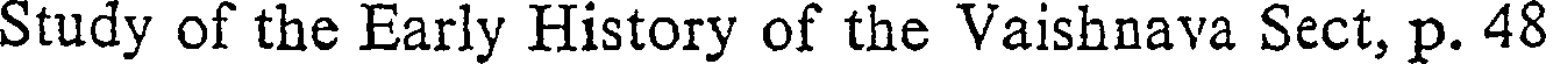
Study of the Early History of the Vaishnava Sect, p. 48